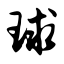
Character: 球